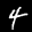
Label: 4